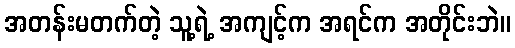
အတန်းမတက်တဲ့ သူ့ရဲ့ အကျင့်က အရင်က အတိုင်းဘဲ။